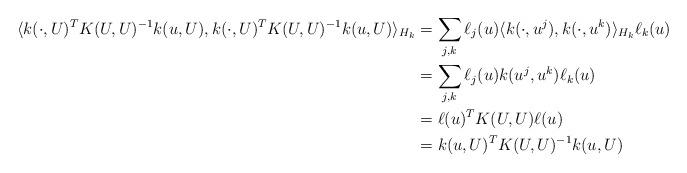
LaTeX: \begin{align*}\langle k(\cdot,U)^T K(U,U)^{-1} k(u,U), k(\cdot,U)^T K(U,U)^{-1} k(u,U) \rangle_{H_k}&=\sum_{j,k} \ell_j(u) \langle k(\cdot,u^j),k(\cdot,u^k)\rangle_{H_k}\ell_k(u)\\&= \sum_{j,k} \ell_j(u) k(u^j,u^k)\ell_k(u)\\&=\ell(u)^TK(U,U) \ell(u)\\&= k(u,U)^T K(U,U)^{-1} k(u,U) \end{align*}